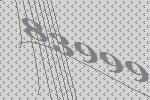
83999